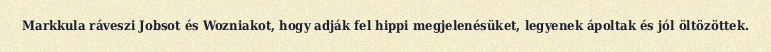
Markkula ráveszi Jobsot és Wozniakot, hogy adják fel hippi megjelenésüket, legyenek ápoltak és jól öltözöttek.